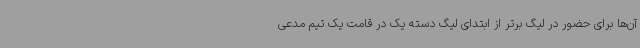
آن‌ها برای حضور در لیگ برتر از ابتدای لیگ دسته یک در قامت یک تیم مدعی